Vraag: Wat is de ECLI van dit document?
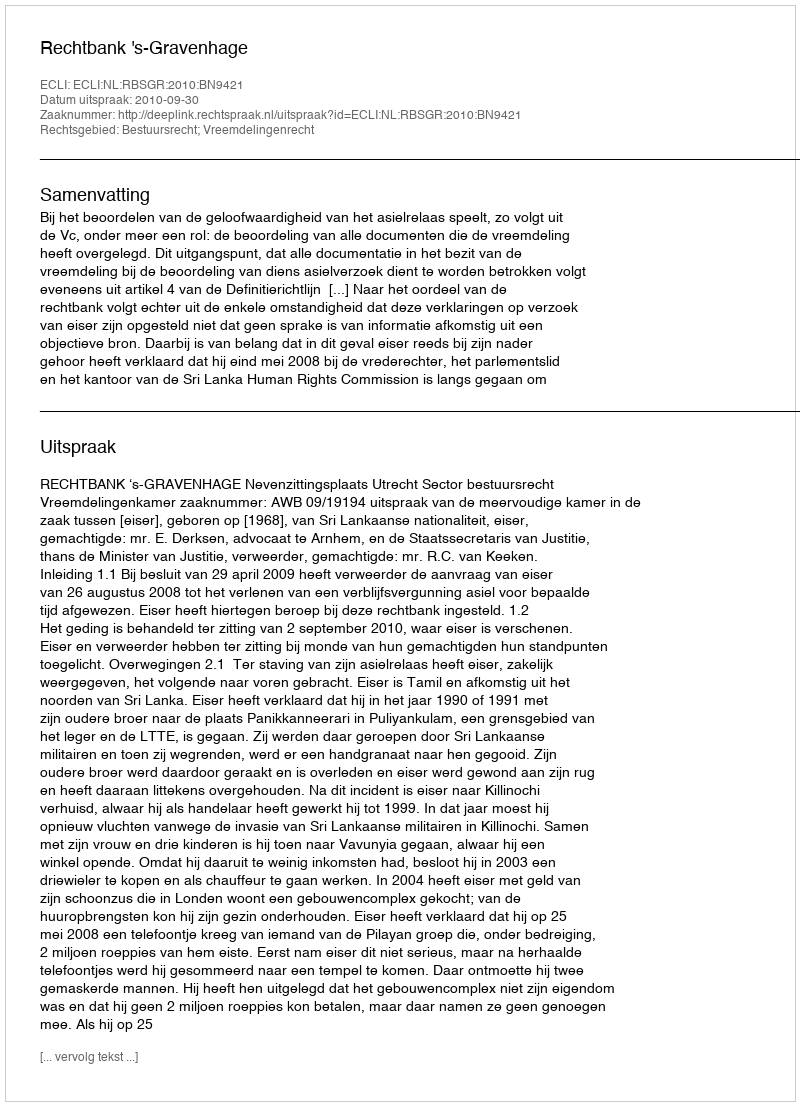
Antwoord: ECLI:NL:RBSGR:2010:BN9421